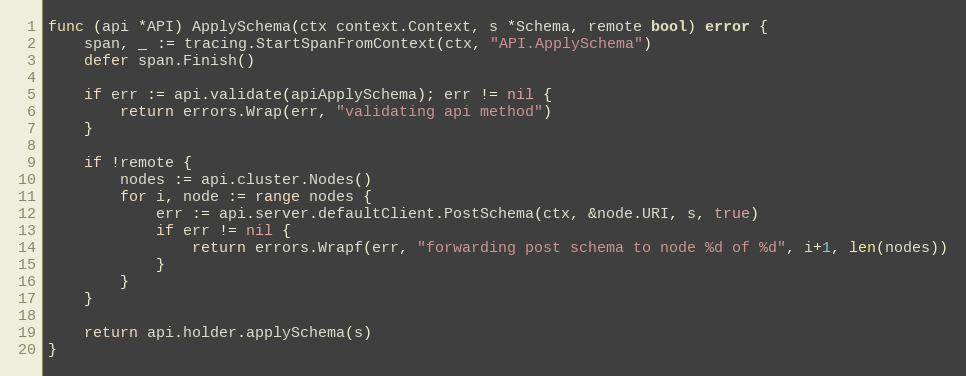
Language: Go
func (api *API) ApplySchema(ctx context.Context, s *Schema, remote bool) error {
	span, _ := tracing.StartSpanFromContext(ctx, "API.ApplySchema")
	defer span.Finish()

	if err := api.validate(apiApplySchema); err != nil {
		return errors.Wrap(err, "validating api method")
	}

	if !remote {
		nodes := api.cluster.Nodes()
		for i, node := range nodes {
			err := api.server.defaultClient.PostSchema(ctx, &node.URI, s, true)
			if err != nil {
				return errors.Wrapf(err, "forwarding post schema to node %d of %d", i+1, len(nodes))
			}
		}
	}

	return api.holder.applySchema(s)
}